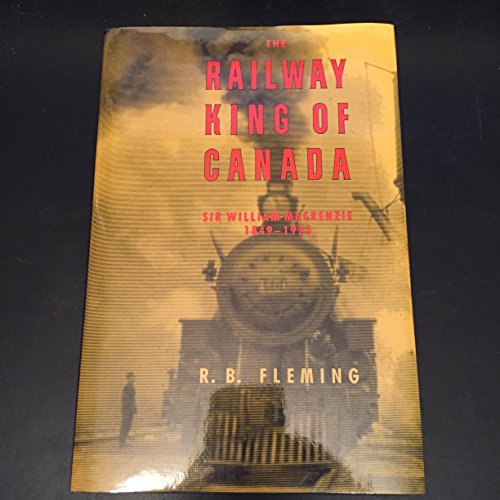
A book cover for The Railway King of Canada: Sir William MacKenzie, 1849-1923; R. B. Fleming; Biographies & Memoirs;